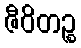
ဇီဝိတဉ္စ